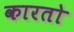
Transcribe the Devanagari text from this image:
कारतो